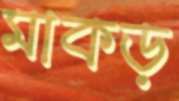
মাকড়